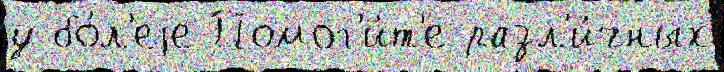
у бо́л'еjе Помог'и́т'е разл'и́чных